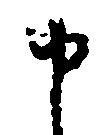
申